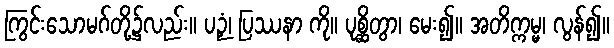
ကြွင်းသောမဂ်တို့၌လည်း။ ပဉှံ၊ ပြဿနာ ကို။ ပုစ္ဆိတွာ၊ မေး၍။ အတိက္ကမ္မ၊ လွန်၍။